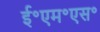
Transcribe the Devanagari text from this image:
ई॰एम॰एस॰